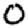
Digit: 0